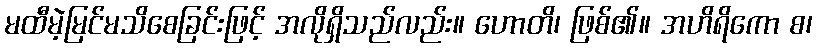
မထီမဲ့မြင်မသိစေခြင်းဖြင့် အလိုရှိသည်လည်း။ ဟောတိ၊ ဖြစ်၏။ အဟိရိကော စ၊